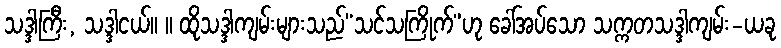
သဒ္ဒါကြီး, သဒ္ဒါငယ်။ ။ ထိုသဒ္ဒါကျမ်းများသည်“သင်သကြိုက်”ဟု ခေါ်အပ်သော သက္ကတသဒ္ဒါကျမ်း-ယခု